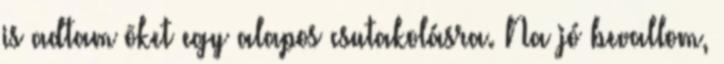
is adtam õket egy alapos csutakolásra. Na jó bevallom,